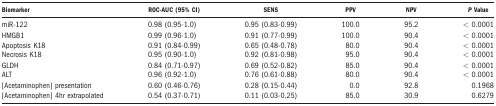
| Biomarker | ROC-AUC (95% CI) | SENS | PPV | NPV | P Value |
 | --- | --- | --- | --- | --- | --- |
 | miR-122 | 0.98 (0.95-1.0) | 0.95 (0.83-0.99) | 100.0 | 95.2 | < 0.0001 |
 | HMGB1 | 0.99 (0.96-1.0) | 0.91 (0.77-0.99) | 100.0 | 90.4 | < 0.0001 |
 | Apoptosis K18 | 0.91 (0.84-0.99) | 0.65 (0.48-0.78) | 80.0 | 90.4 | < 0.0001 |
 | Necrosis K18 | 0.95 (0.90-1.0) | 0.92 (0.81-0.98) | 95.0 | 90.4 | < 0.0001 |
 | GLDH | 0.84 (0.71-0.97) | 0.69 (0.52-0.82) | 85.0 | 90.4 | < 0.0001 |
 | ALT | 0.96 (0.92-1.0) | 0.76 (0.61-0.88) | 80.0 | 90.4 | < 0.0001 |
 | [Acetaminophen] presentation | 0.60 (0.46-0.76) | 0.28 (0.15-0.44) | 0.0 | 92.8 | 0.1968 |
 | [Acetaminophen] 4hr extrapolated | 0.54 (0.37-0.71) | 0.11 (0.03-0.25) | 85.0 | 30.9 | 0.6279 |